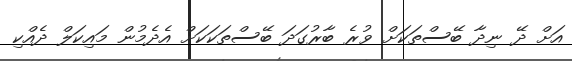
އަށް ދޭ ނިދާ ބޭސްތަކަށް ވުރެ ބާރުގަދަ ބޭސްތަކަކަށް އެދެމުން މައިކަލް ދެއްކި